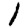
Digit: 1